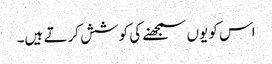
اس کو یوں سمجھنے کی کوشش کرتے ہیں۔